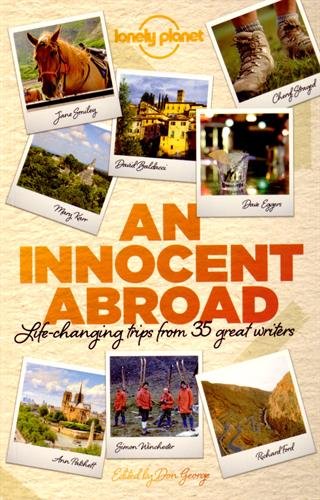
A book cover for An Innocent Abroad: Life-Changing Trips from 35 Great Writers (Lonely Planet Travel Literature); John Berendt; Travel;